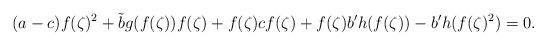
LaTeX: \begin{align*} (a-c)f(\zeta)^2 +\tilde{b}g(f(\zeta))f(\zeta)+f(\zeta)cf(\zeta)+f(\zeta)b^{\prime} h(f(\zeta))-b^{\prime}h(f(\zeta)^2) =0. \end{align*}